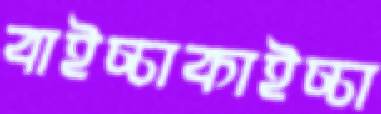
বাইচ্চাকাইচ্চা